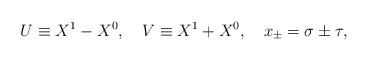
LaTeX: \begin{align*}U\equiv X^1-X^0, \ \ \ V\equiv X^1+X^0,\ \ \ x_{\pm}=\sigma\pm\tau,\end{align*}